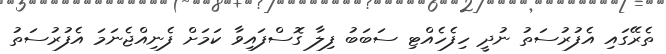
ތެރޭގައި އެފުރުސަތު ނުދީ ހިފެހެއްޓި ސަބަބު ފިލާ ގޮސްފައިވާ ކަމަށް ފެނިއްޖެނަމަ އެފުރުސަތު